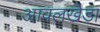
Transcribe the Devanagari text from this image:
आवलखेड़ा